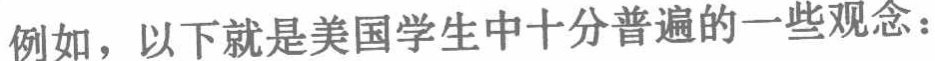
例如，以下就是美国学生中十分普遍的一些观念：